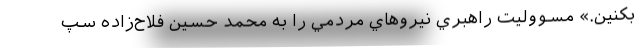
بكنين.» مسووليت راهبري نيروهاي مردمي را به محمد حسين فلاح‌زاده سپ